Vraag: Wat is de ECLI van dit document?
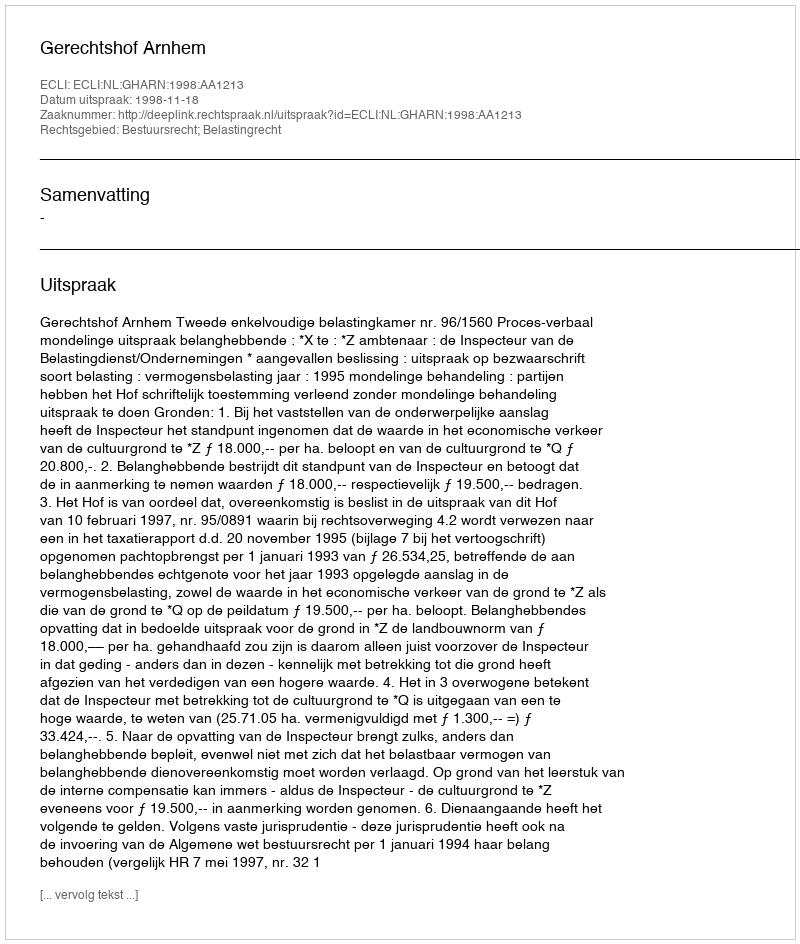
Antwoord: ECLI:NL:GHARN:1998:AA1213